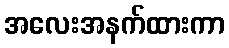
အလေးအနက်ထားကာ